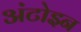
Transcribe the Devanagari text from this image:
अंटोइन